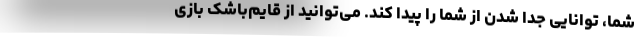
شما، توانایی جدا شدن از شما را پیدا کند. می‌توانید از قایم‌باشک بازی